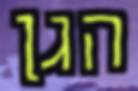
הגן